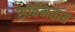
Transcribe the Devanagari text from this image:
सार्वमतात